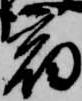
宿